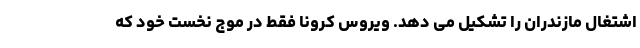
اشتغال مازندران را تشکیل می دهد. ویروس کرونا فقط در موج نخست خود که